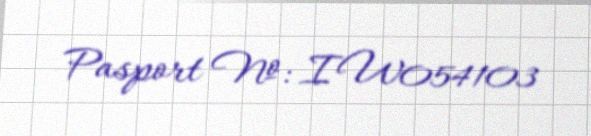
Pasport №: IW054103